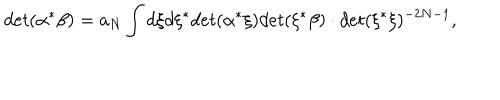
d e t ( \alpha ^ { * } \beta ) = a _ { N } \int d \xi d \xi ^ { * } d e t ( \alpha ^ { * } \xi ) d e t ( \xi ^ { * } \beta ) \cdot d e t ( \xi ^ { * } \xi ) ^ { - 2 N - 1 } ,